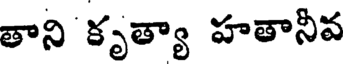
తాని కృత్యా హతానీవ